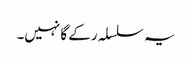
یہ سلسلہ رکے گا نہیں۔